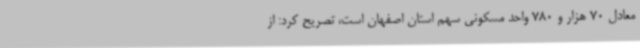
معادل 70 هزار و 780 واحد مسکونی سهم استان اصفهان است، تصریح کرد: از